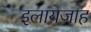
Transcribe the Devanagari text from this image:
इलायजाह